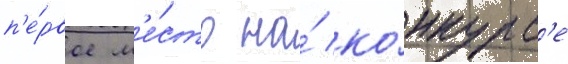
п'е́рвое м'е́сто на́ ко́нкурс'е